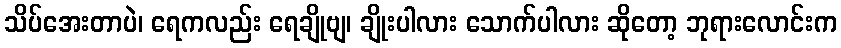
သိပ်အေးတာပဲ၊ ရေကလည်း ရေချိုဗျ၊ ချိုးပါလား သောက်ပါလား ဆိုတော့ ဘုရားလောင်းက